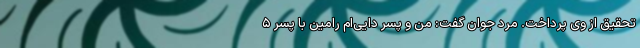
تحقیق از وی پرداخت. مرد جوان گفت: من و پسر دایی‌ام رامین با پسر ۵